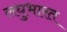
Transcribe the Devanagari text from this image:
लघुभारत